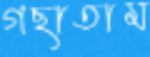
গছাতাম